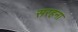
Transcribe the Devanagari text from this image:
सरहना